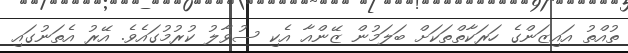
ތުއްތު އައިޒަންގެ ހަރަކާތްތަކަށް ބަލަމުން ޒޭންއާ އެކި ސުވާލު ކުރުމުގައެވެ. އޭރު އެތަނުގައި